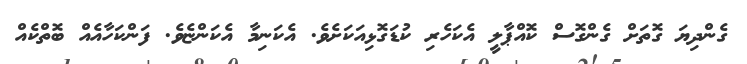
ގެންދިޔަ ގޮތަށް ގެންގޮސް ކޮއްޕާލީ އެކަހެރި ކުޑަގޮޅިއަކަށެވެ. އެކަނިމާ އެކަންޏެވެ. ފަންކަހާއެއް ބޮތްކެއް